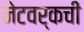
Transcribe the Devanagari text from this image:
नेटवर्कची